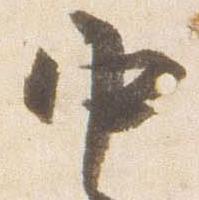
中